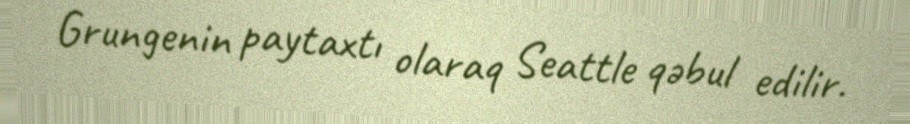
Grungenin paytaxtı olaraq Seattle qəbul edilir.